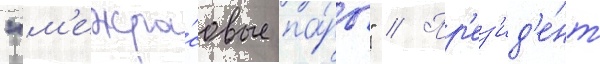
"м'ежра́совые па́ры" // Пр'ез'ид'е́нт